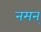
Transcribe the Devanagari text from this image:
नमन्